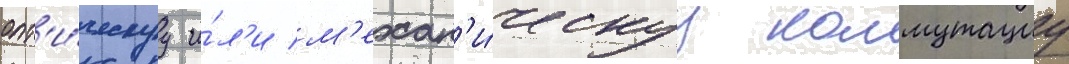
опт'и́ческуу и́л'и м'ехан'и́ческуу коммутациу